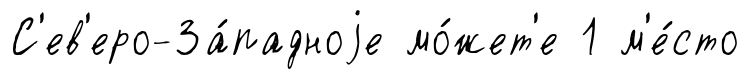
С'ев'еро-За́падноjе мо́жет'е 1 м'е́сто